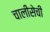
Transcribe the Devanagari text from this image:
चालीसेची